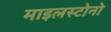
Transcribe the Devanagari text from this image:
माइलस्टोनो